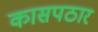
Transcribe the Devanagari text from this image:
कासपठार